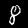
Label: 8